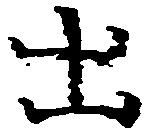
出